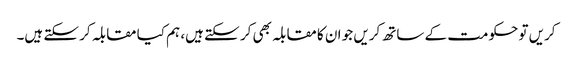
کریں تو حکومت کے ساتھ کریں جو ان کا مقابلہ بھی کر سکتے ہیں، ہم کیا مقابلہ کر سکتے ہیں۔